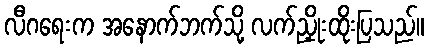
လီဂရေးက အနောက်ဘက်သို့ လက်ညှိုးထိုးပြသည်။